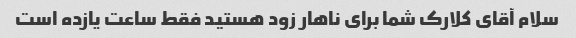
سلام آقای کلارک شما برای ناهار زود هستید فقط ساعت یازده است